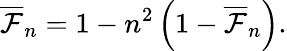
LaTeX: \overline{{\mathcal{F}}}_{n}=1-n^{2}\left(1-\overline{{\mathcal{F}}}_{n}\right).